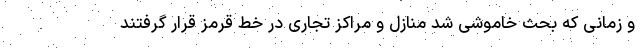
و زمانی که بحث خاموشی شد منازل و مراکز تجاری در خط قرمز قرار گرفتند